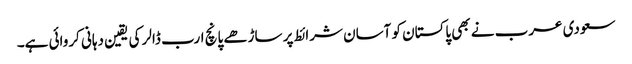
سعودی عرب نے بھی پاکستان کو آسان شرائط پر ساڑھے پانچ ارب ڈالر کی یقین دہانی کروائی ہے۔